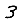
Digit: 3